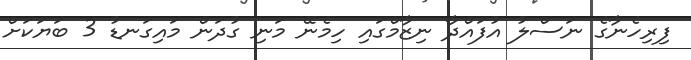
ފިރިހެނާގެ ނަސްލު އުފައްދާ ނިޒާމްގައި ހިމެނޭ މަނި ގުދަން މައިގަނޑު 3 ބަޔަކަށް